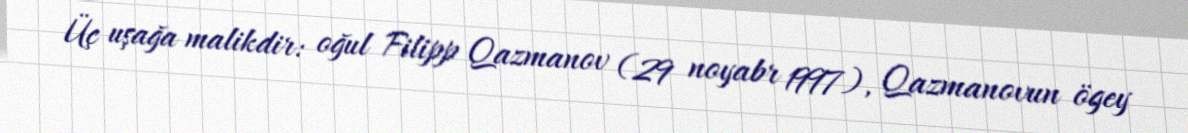
Üç uşağa malikdir: oğul Filipp Qazmanov (29 noyabr 1997), Qazmanovun ögey